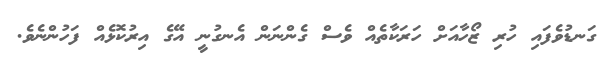
ގަނޑުވެފައި ހުރި ޒޯހާއަށް ހަރަކާތެއް ވެސް ގެންނަން އެނގުނީ އޭގެ އިރުކޮޅެއް ފަހުންނެވެ.